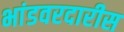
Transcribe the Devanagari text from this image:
भांडवरदारीस